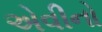
એવીનો